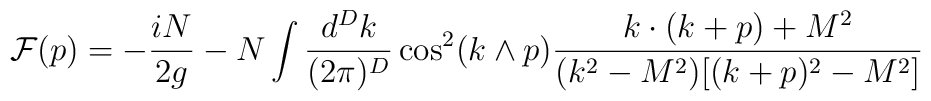
{\cal F}(p)= -\frac {iN}{2g}- N \int \frac{d^Dk}{(2\pi)^D} \cos^2(k\wedge p)\frac{k\cdot (k+p) + M^2}{(k^2-M^2)[(k+p)^2-M^2]}